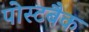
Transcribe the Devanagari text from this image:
पोस्टबैक